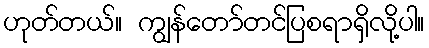
ဟုတ်တယ်။ ကျွန်တော်တင်ပြစရာရှိလို့ပါ။